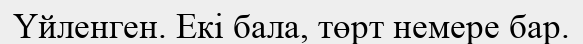
Үйленген. Екі бала, төрт немере бар.